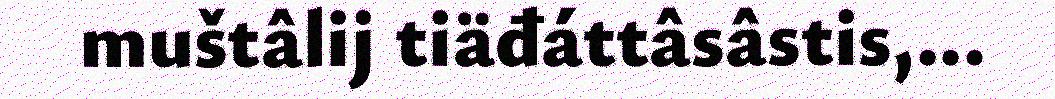
muštâlij tiäđáttâsâstis,...